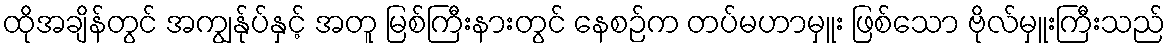
ထိုအချိန်တွင် အကျွန်ုပ်နှင့် အတူ မြစ်ကြီးနားတွင် နေစဉ်က တပ်မဟာမှူး ဖြစ်သော ဗိုလ်မှူးကြီးသည်